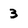
Character: 3